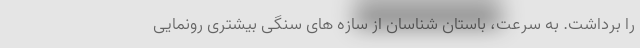
را برداشت. به سرعت، باستان شناسان از سازه های سنگی بیشتری رونمایی